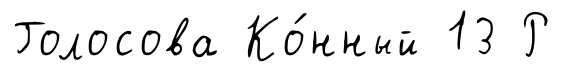
Голосова Ко́нный 13 Р